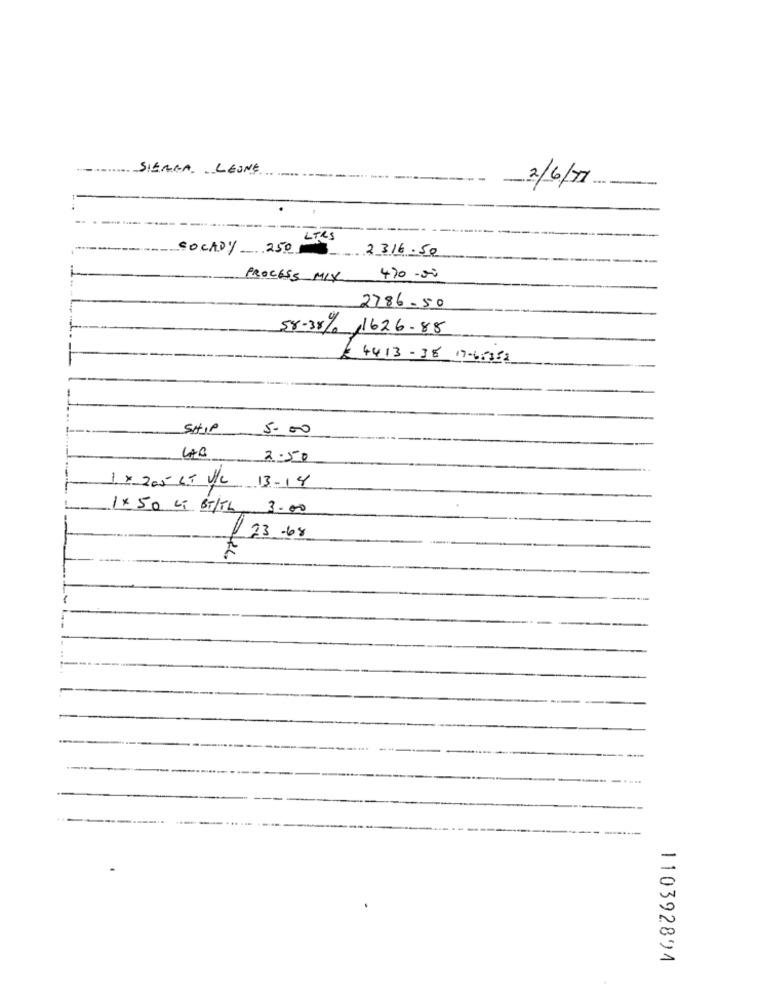
SIERRA LEONE
.. .. .
2/6/17
LTRS
SOCADY 250
2316.50
PROCESS MIX
470.00
2786.50
58-38% ,1626.88
£ 4413-38 17-66358
SHIP
5.00
40
2.50
1. x 205 65 V/C
13-14
1 x 50 Li BT/TL
3.00
23 -68
110392891